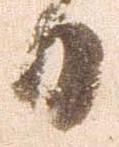
日